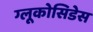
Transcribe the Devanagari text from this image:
ग्लूकोसिडेस